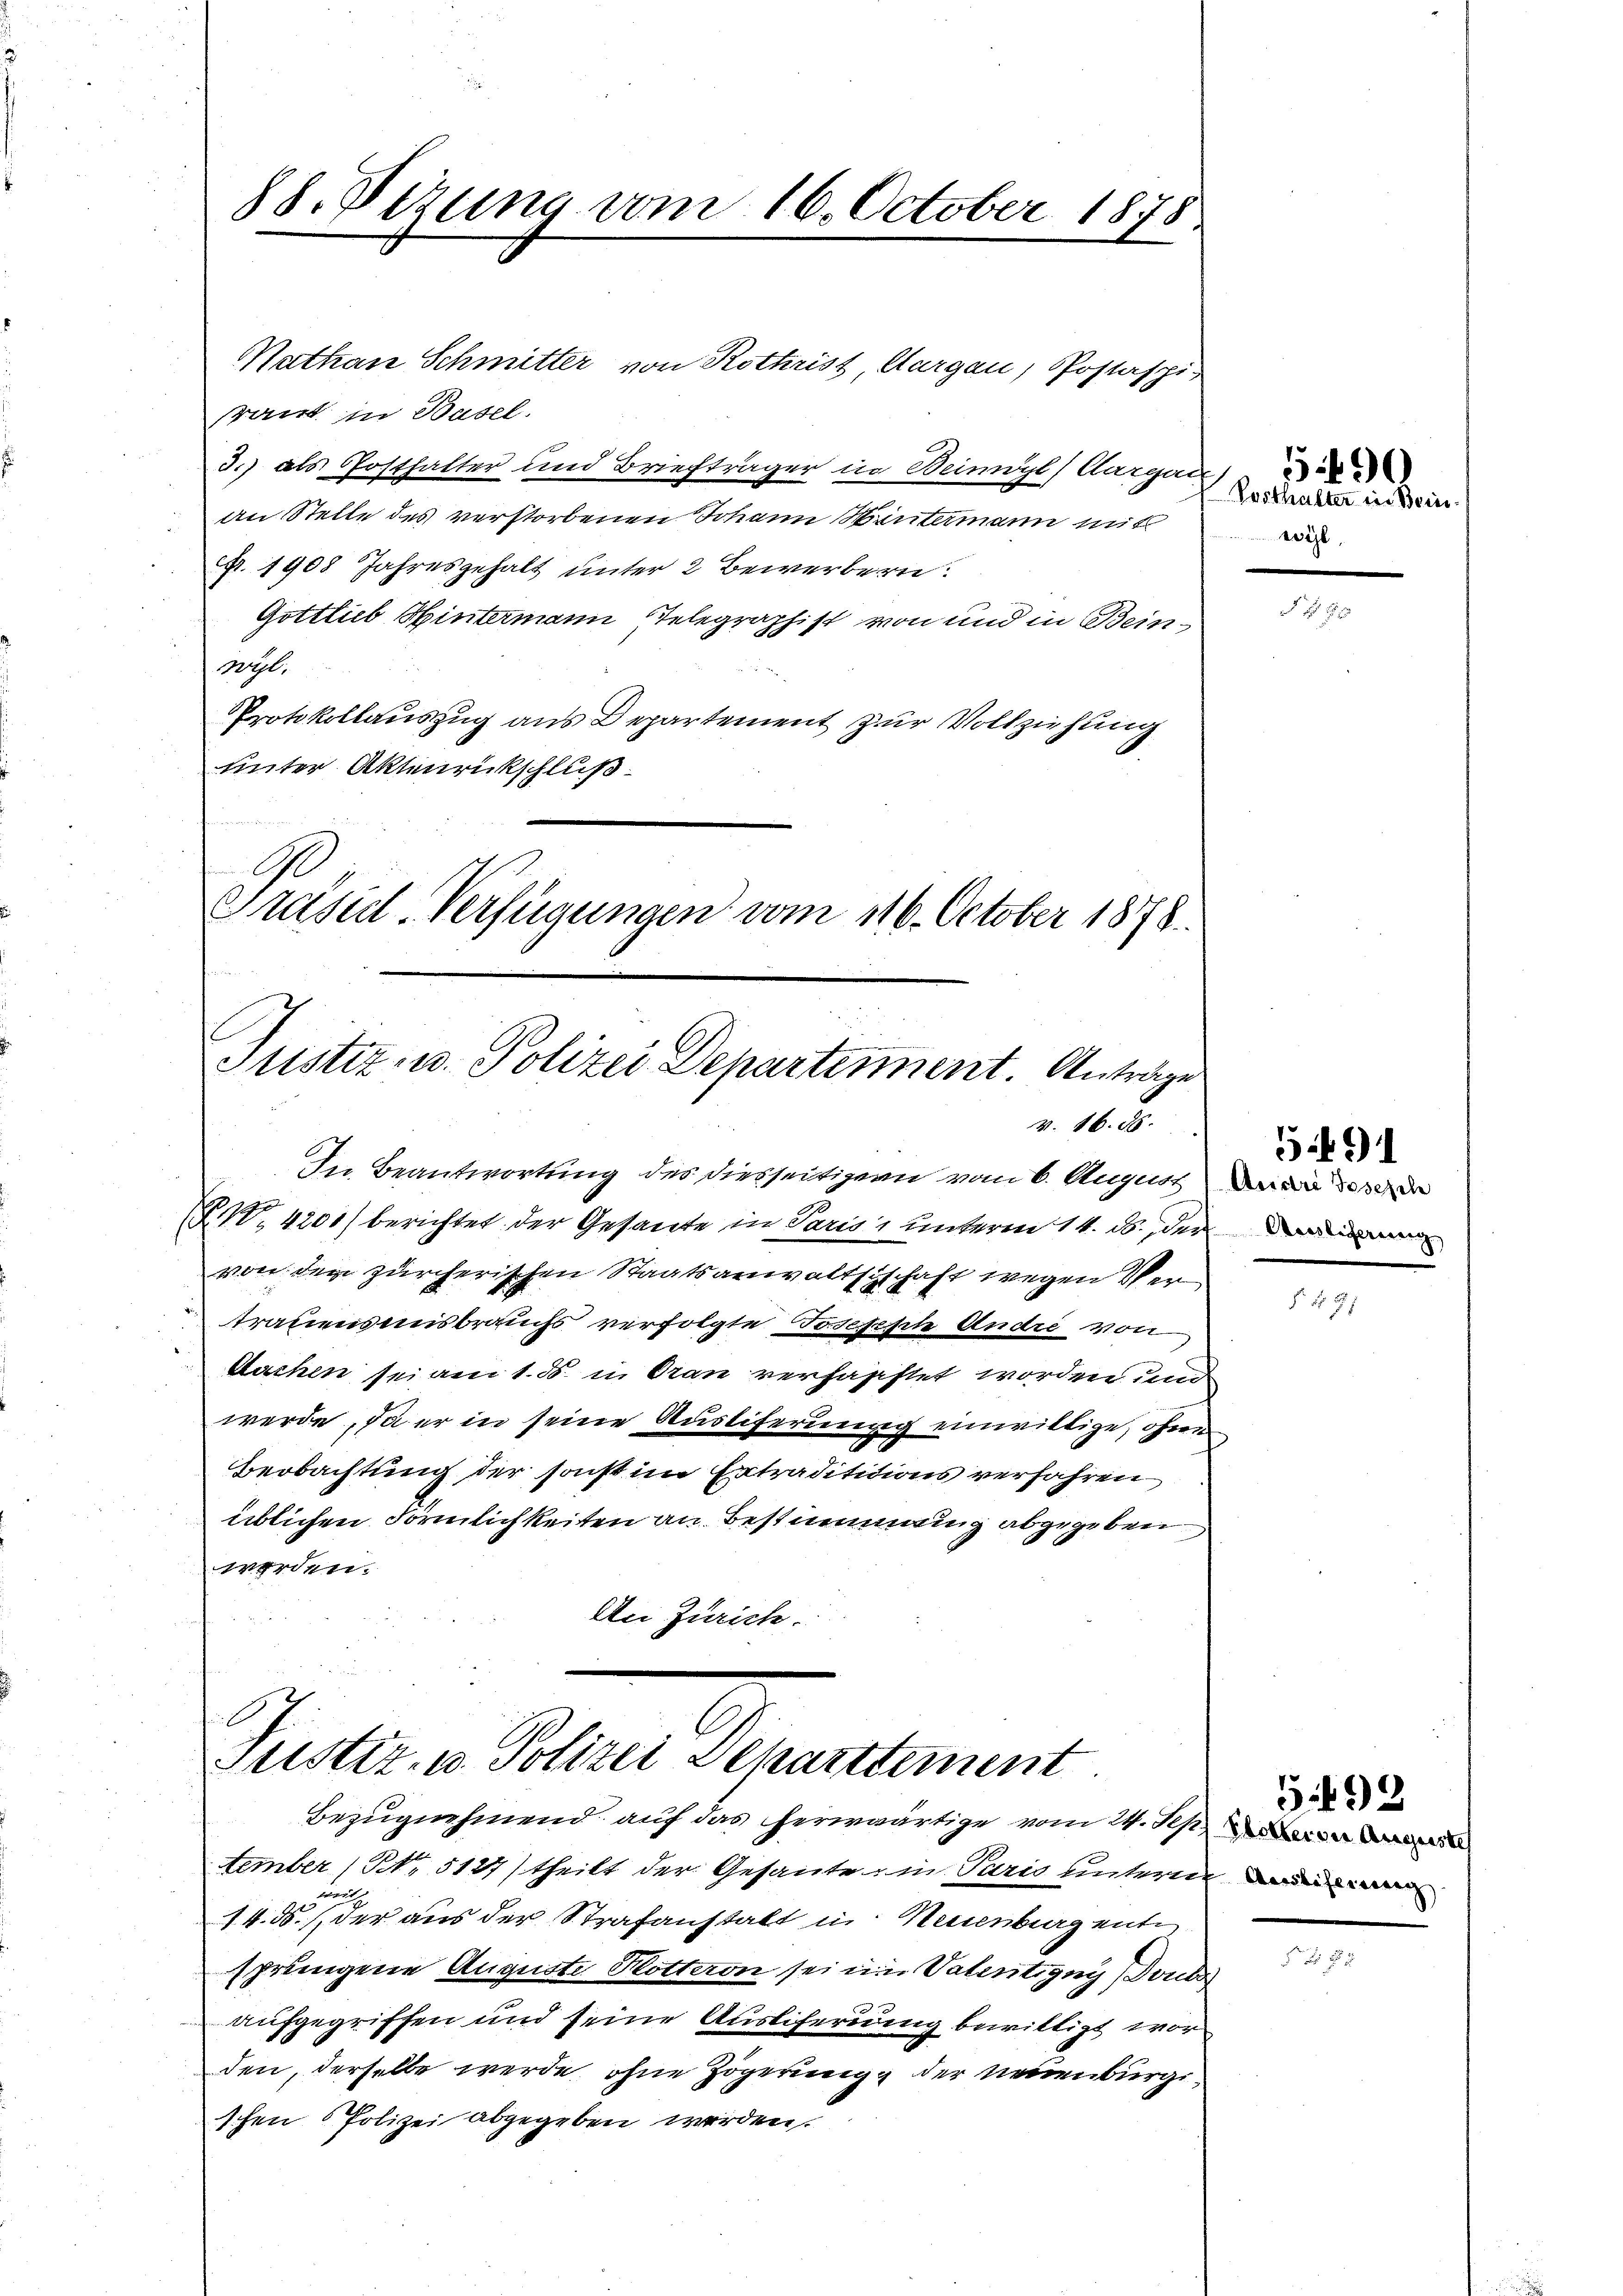
88. Vizung vom 16. October 1878.

Nathan Schmitter von Rothrist, Aargau, Postaspi
rant in Basel.
3.) als Posthalter und Briefträger in Beiwyl) Aargau)
An Stelle des verstorbenen Johann Hintermann mit
p. 1908 Jahresgehalt unter 2 Bewerbern.
Gottlieb Hintermann Telegraphist von und in Bein¬
Wyl.
Protokollauszug aus Departement zur Vollziehung
unter Aktenrückschluß
.
Präsid-Verfügungen vom 116. October 1878.
Justiz- u. Polizei Departement. Antrage

v. 16. 88.

Justiz, in Potrer Departement

Posthalter in Brie
22

(§. 1. 4200) berichtet der Gesandte in Paris, unterm 14. ds., der Di
von den zürcherischen Staatsanwaltschschaft wegen Vertrauensmisbrauchs verfolgte Josefische Andre von
Aachen sei am 1. ds. in Gran verhaftet worden und
werde, da er in seine Austiferung einwillige, ohne
Beobachtung der sonst im Extradititions verfahren
üblichen Förmlichkeiten an Bestimmung abgegeben
worden.
An Zürich.

In Beantwortung des diesseitigern vom 6. August

Bezugnehmend, auf das herwärtige vom 24. Sept.
tember (No 5127/ theilt der Gesante ein Paris unterne un
w
14.ds. der aus der Strafanstalt in Neuenburg ente
sprungene Auguste Hotteron sei im Vatentigny Toutes
aufgegriffen und seine Auslieferung bewilligt wor
den, derselbe werde, ohne Zögerung der neuenburgischen Polizei abgegeben werden.

591

G. 193